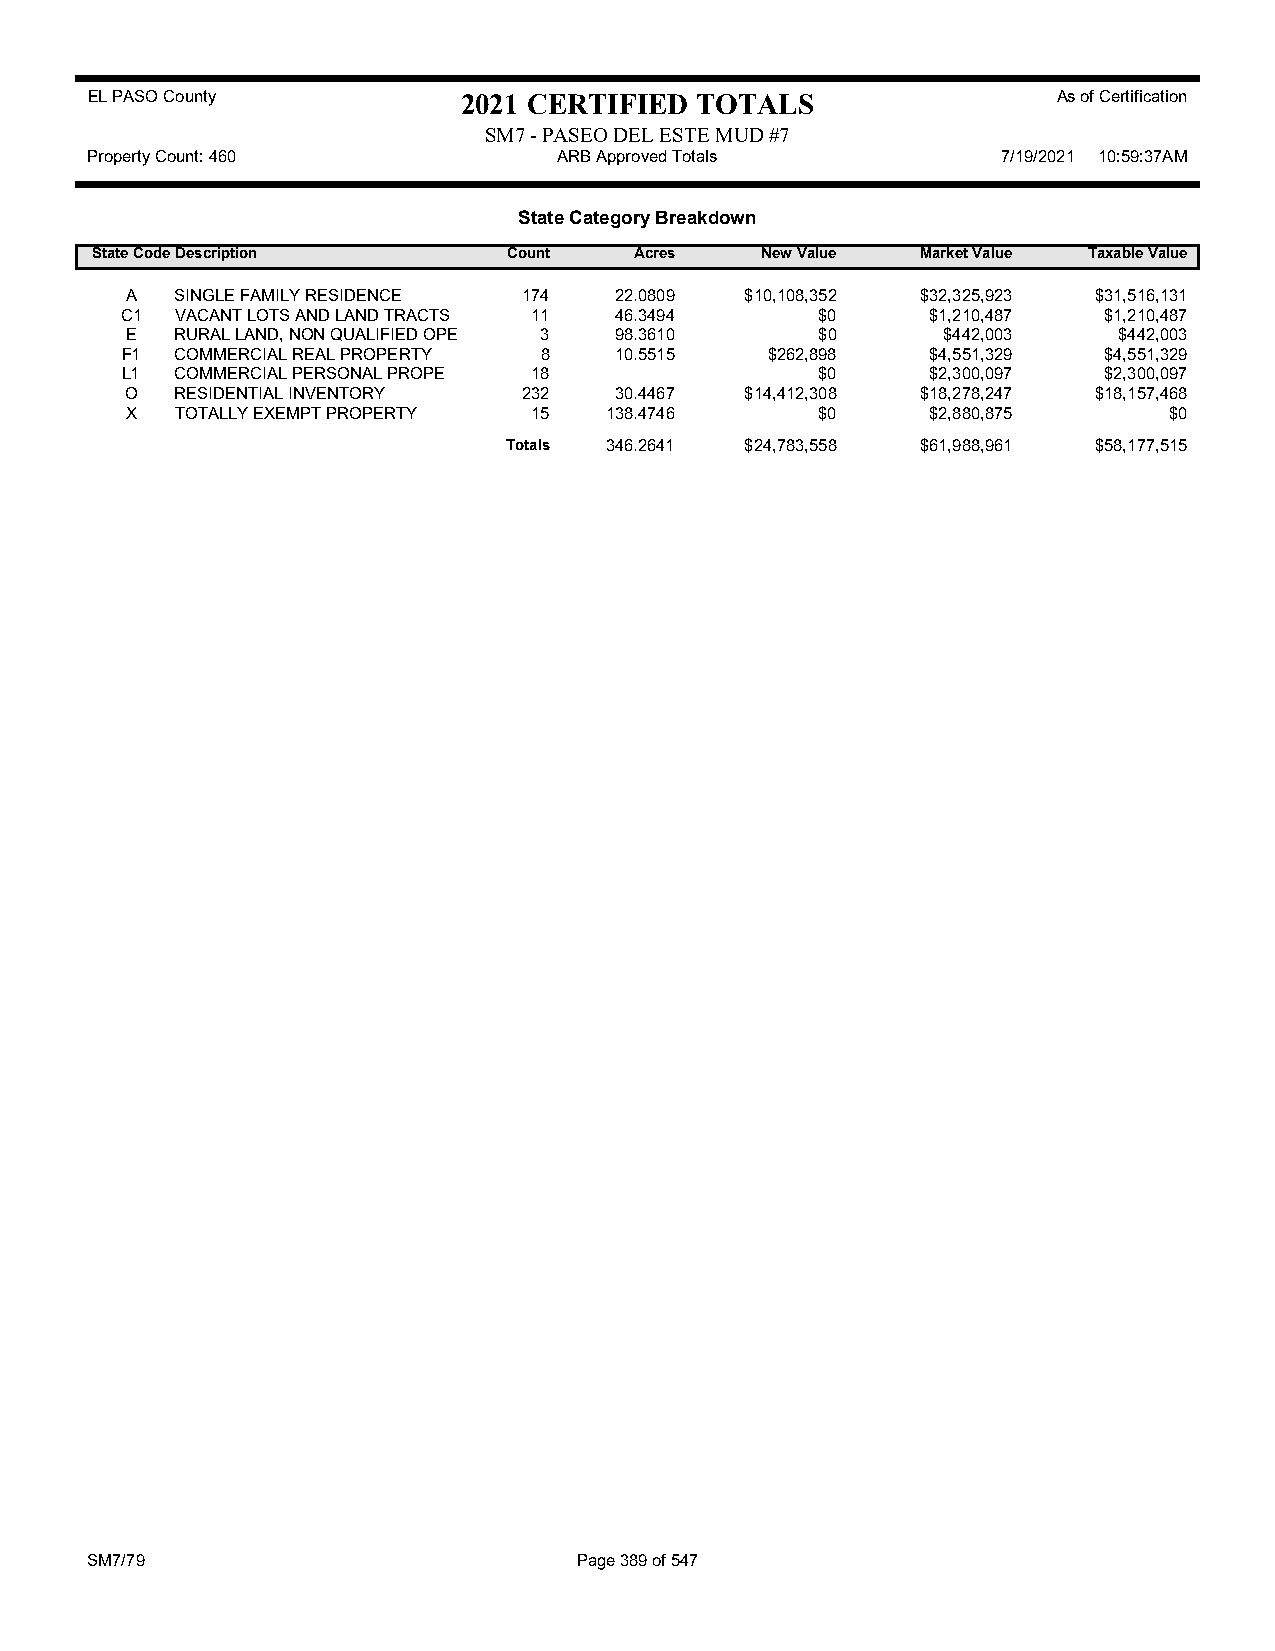
EL PASO County           2021 CERTIFIED TOTALS                  As of Certification
 SM7 - PASEO DEL ESTE MUD #7
 Property Count: 460            ARB Approved Totals          7/19/2021 10:59:37AM
 State Category Breakdown
 State CodeDescription       Count   Acres   New Value  Market Value Taxable Value
 A   SINGLE FAMILY RESIDENCE 174  22.0809 $10,108,352 $32,325,923 $31,516,131
 C1  VACANT LOTS AND LAND TRACTS 11 46.3494    $0      $1,210,487 $1,210,487
 E   RURAL LAND, NON QUALIFIED OPE 3 98.3610   $0      $442,003    $442,003
 F1  COMMERCIAL REAL PROPERTY 8   10.5515   $262,898   $4,551,329 $4,551,329
 L1  COMMERCIAL PERSONAL PROPE 18              $0      $2,300,097 $2,300,097
 O   RESIDENTIAL INVENTORY  232   30.4467 $14,412,308 $18,278,247 $18,157,468
 X   TOTALLY EXEMPT PROPERTY 15  138.4746      $0      $2,880,875     $0
 Totals 346.2641 $24,783,558 $61,988,961 $58,177,515
 SM7/79                          Page 389 of 547